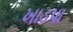
ખાડપા